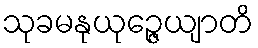
သုခမနုယုဉ္ဇေယျာတိ